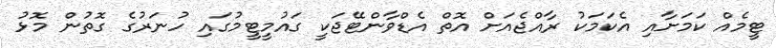
ޓީމެއް ކަމަށާއި އެކަމަކު ރާއްޖެއަށް އޮތް އެޑްވާންޓޭޖަކީ ގައުމީޓީމުގައި ހުނަރުގެ ގޮތުން މޮޅު